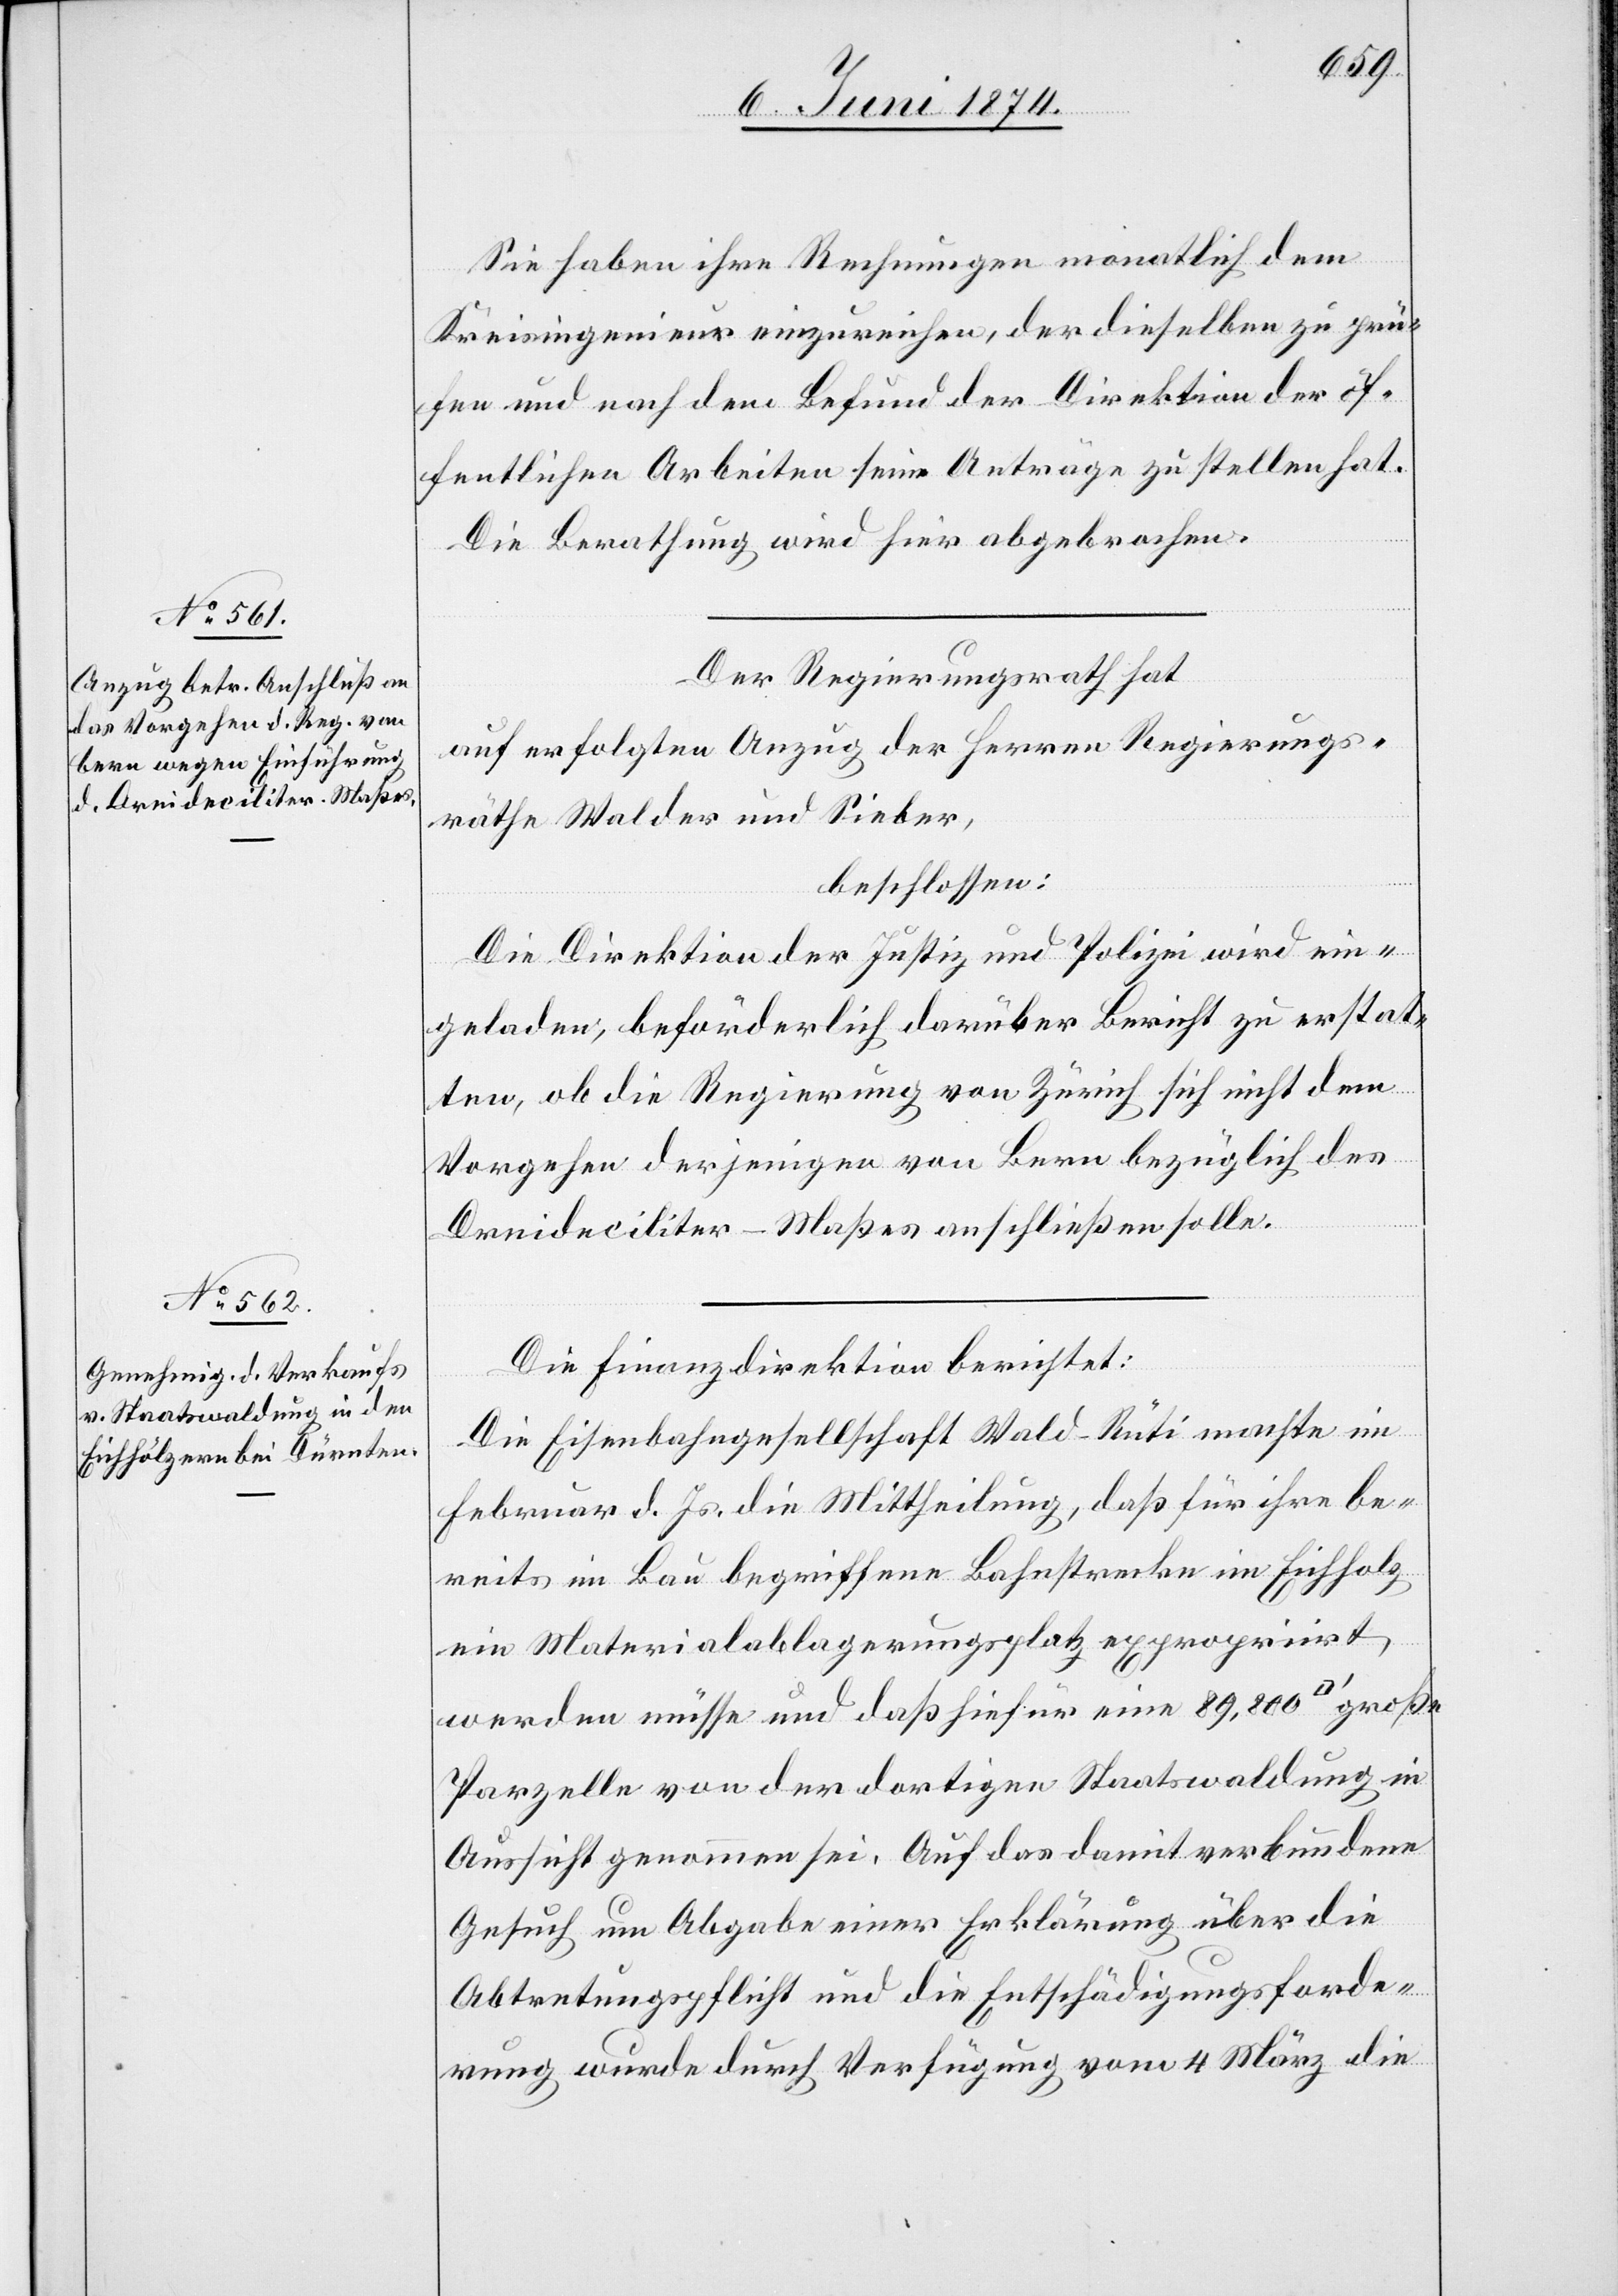
Sie haben ihre Rechnungen monatlich dem
Kreisingenieur einzureichen, der dieselben zu prü¬
fen und nach dem Befund der Direktion der öf¬
fentlichen Arbeiten seine Anträge zu stellen hat.
Die Berathung wird hier abgebrochen.
Der Regierungsrath hat
auf erfolgten Anzug der Herren Regierungs¬
räthe Walder und Sieber,
beschlossen:
Die Direktion der Justiz und Polizei wird ein¬
geladen, beförderlich darüber Bericht zu erstat¬
ten, ob die Regierung von Zürich sich nicht dem
Vorgehen derjenigen von Bern bezüglich des
Dreideciliter-Maßes anschließen solle.
Die Finanzdirektion berichtet:
Die Eisenbahngesellschaft Wald-Rüti machte im
Februar d. Js. die Mittheilung, daß für ihre be¬
reits im Bau begriffene Bahnstrecke im Eichholz
ein Materialablagerungsplatz expropriirt
werden müsse und daß hiefür eine 89,800
Parzelle von der dortigen Staatswaldung in
Aussicht genommen sei. Auf das damit verbundene
Gesuch um Abgabe einer Erklärung über die
Abtretungspflicht und die Entschädigungsforde¬
rung wurde durch Verfügung vom 4. März die